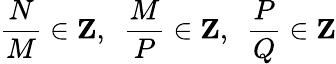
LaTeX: {\frac{N}{M}}\in{\mathbf Z},\, \, \, {\frac{M}{P}}\in{\mathbf Z},\, \, \, {\frac{P}{Q}}\in{\mathbf Z}